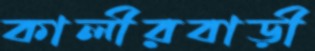
কালীরবাড়ী